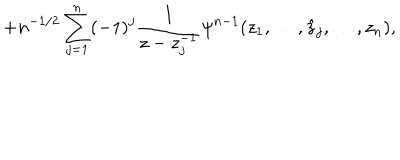
LaTeX: + n ^ { - 1 / 2 } \sum _ { j = 1 } ^ { n } ( - 1 ) ^ { j } \frac 1 { z - z _ { j } ^ { - 1 } } \psi ^ { n - 1 } ( z _ { 1 } , \ldots , \hat { z } _ { j } , \ldots , z _ { n } ) ,